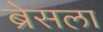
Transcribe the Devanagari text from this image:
ब्रेसला